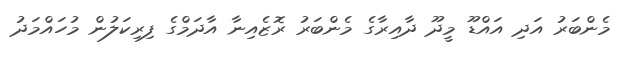
މެންބަރު އަދި އައްޑޫ މީދޫ ދާއިރާގެ މެންބަރު ރޮޒެއިނާ އާދަމްގެ ފިރިކަލުން މުހައްމަދު